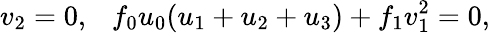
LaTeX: v_{2}=0,~~~f_{0}u_{0}(u_{1}+u_{2}+u_{3})+f_{1}v_{1}^{2}=0,